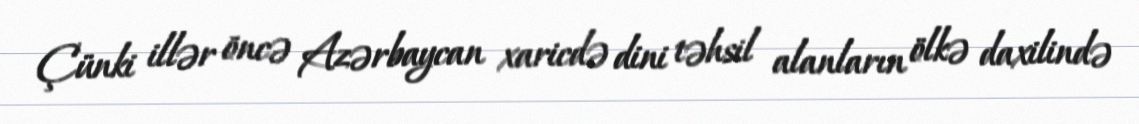
Çünki illər öncə Azərbaycan xaricdə dini təhsil alanların ölkə daxilində